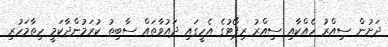
ދަށުން ސިއްރު ހެއްކާއި ސިއްރު ރިޕޯޓުގެ އެހީގައި ދައުވާތައް ސާބިތު ކުރަމުންދާކަމީ ހިތާމަހުރި